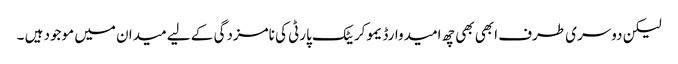
لیکن دوسری طرف ابھی بھی چھ امیدوارڈیموکریٹک پارٹی کی نامزدگی کے لیے میدان میں موجود ہیں ۔